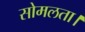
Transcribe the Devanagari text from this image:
सोमलता।